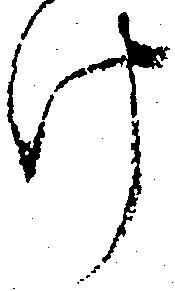
け